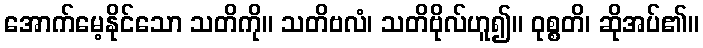
အောက်မေ့နိုင်သော သတိကို။ သတိဗလံ၊ သတိဗိုလ်ဟူ၍။ ဝုစ္စတိ၊ ဆိုအပ်၏။